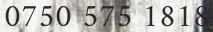
0750 575 1818